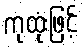
ကုထုံးဖြင့်